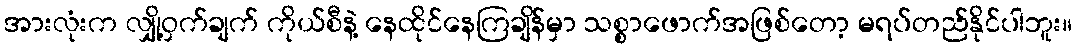
အားလုံးက လျှို့ဝှက်ချက် ကိုယ်စီနဲ့ နေထိုင်နေကြချိန်မှာ သစ္စာဖောက်အဖြစ်တော့ မရပ်တည်နိုင်ပါဘူး။